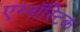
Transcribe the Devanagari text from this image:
एग्नॉस्टिक